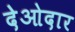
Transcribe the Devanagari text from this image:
देओदार